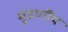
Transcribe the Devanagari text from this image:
मुद्रणीय